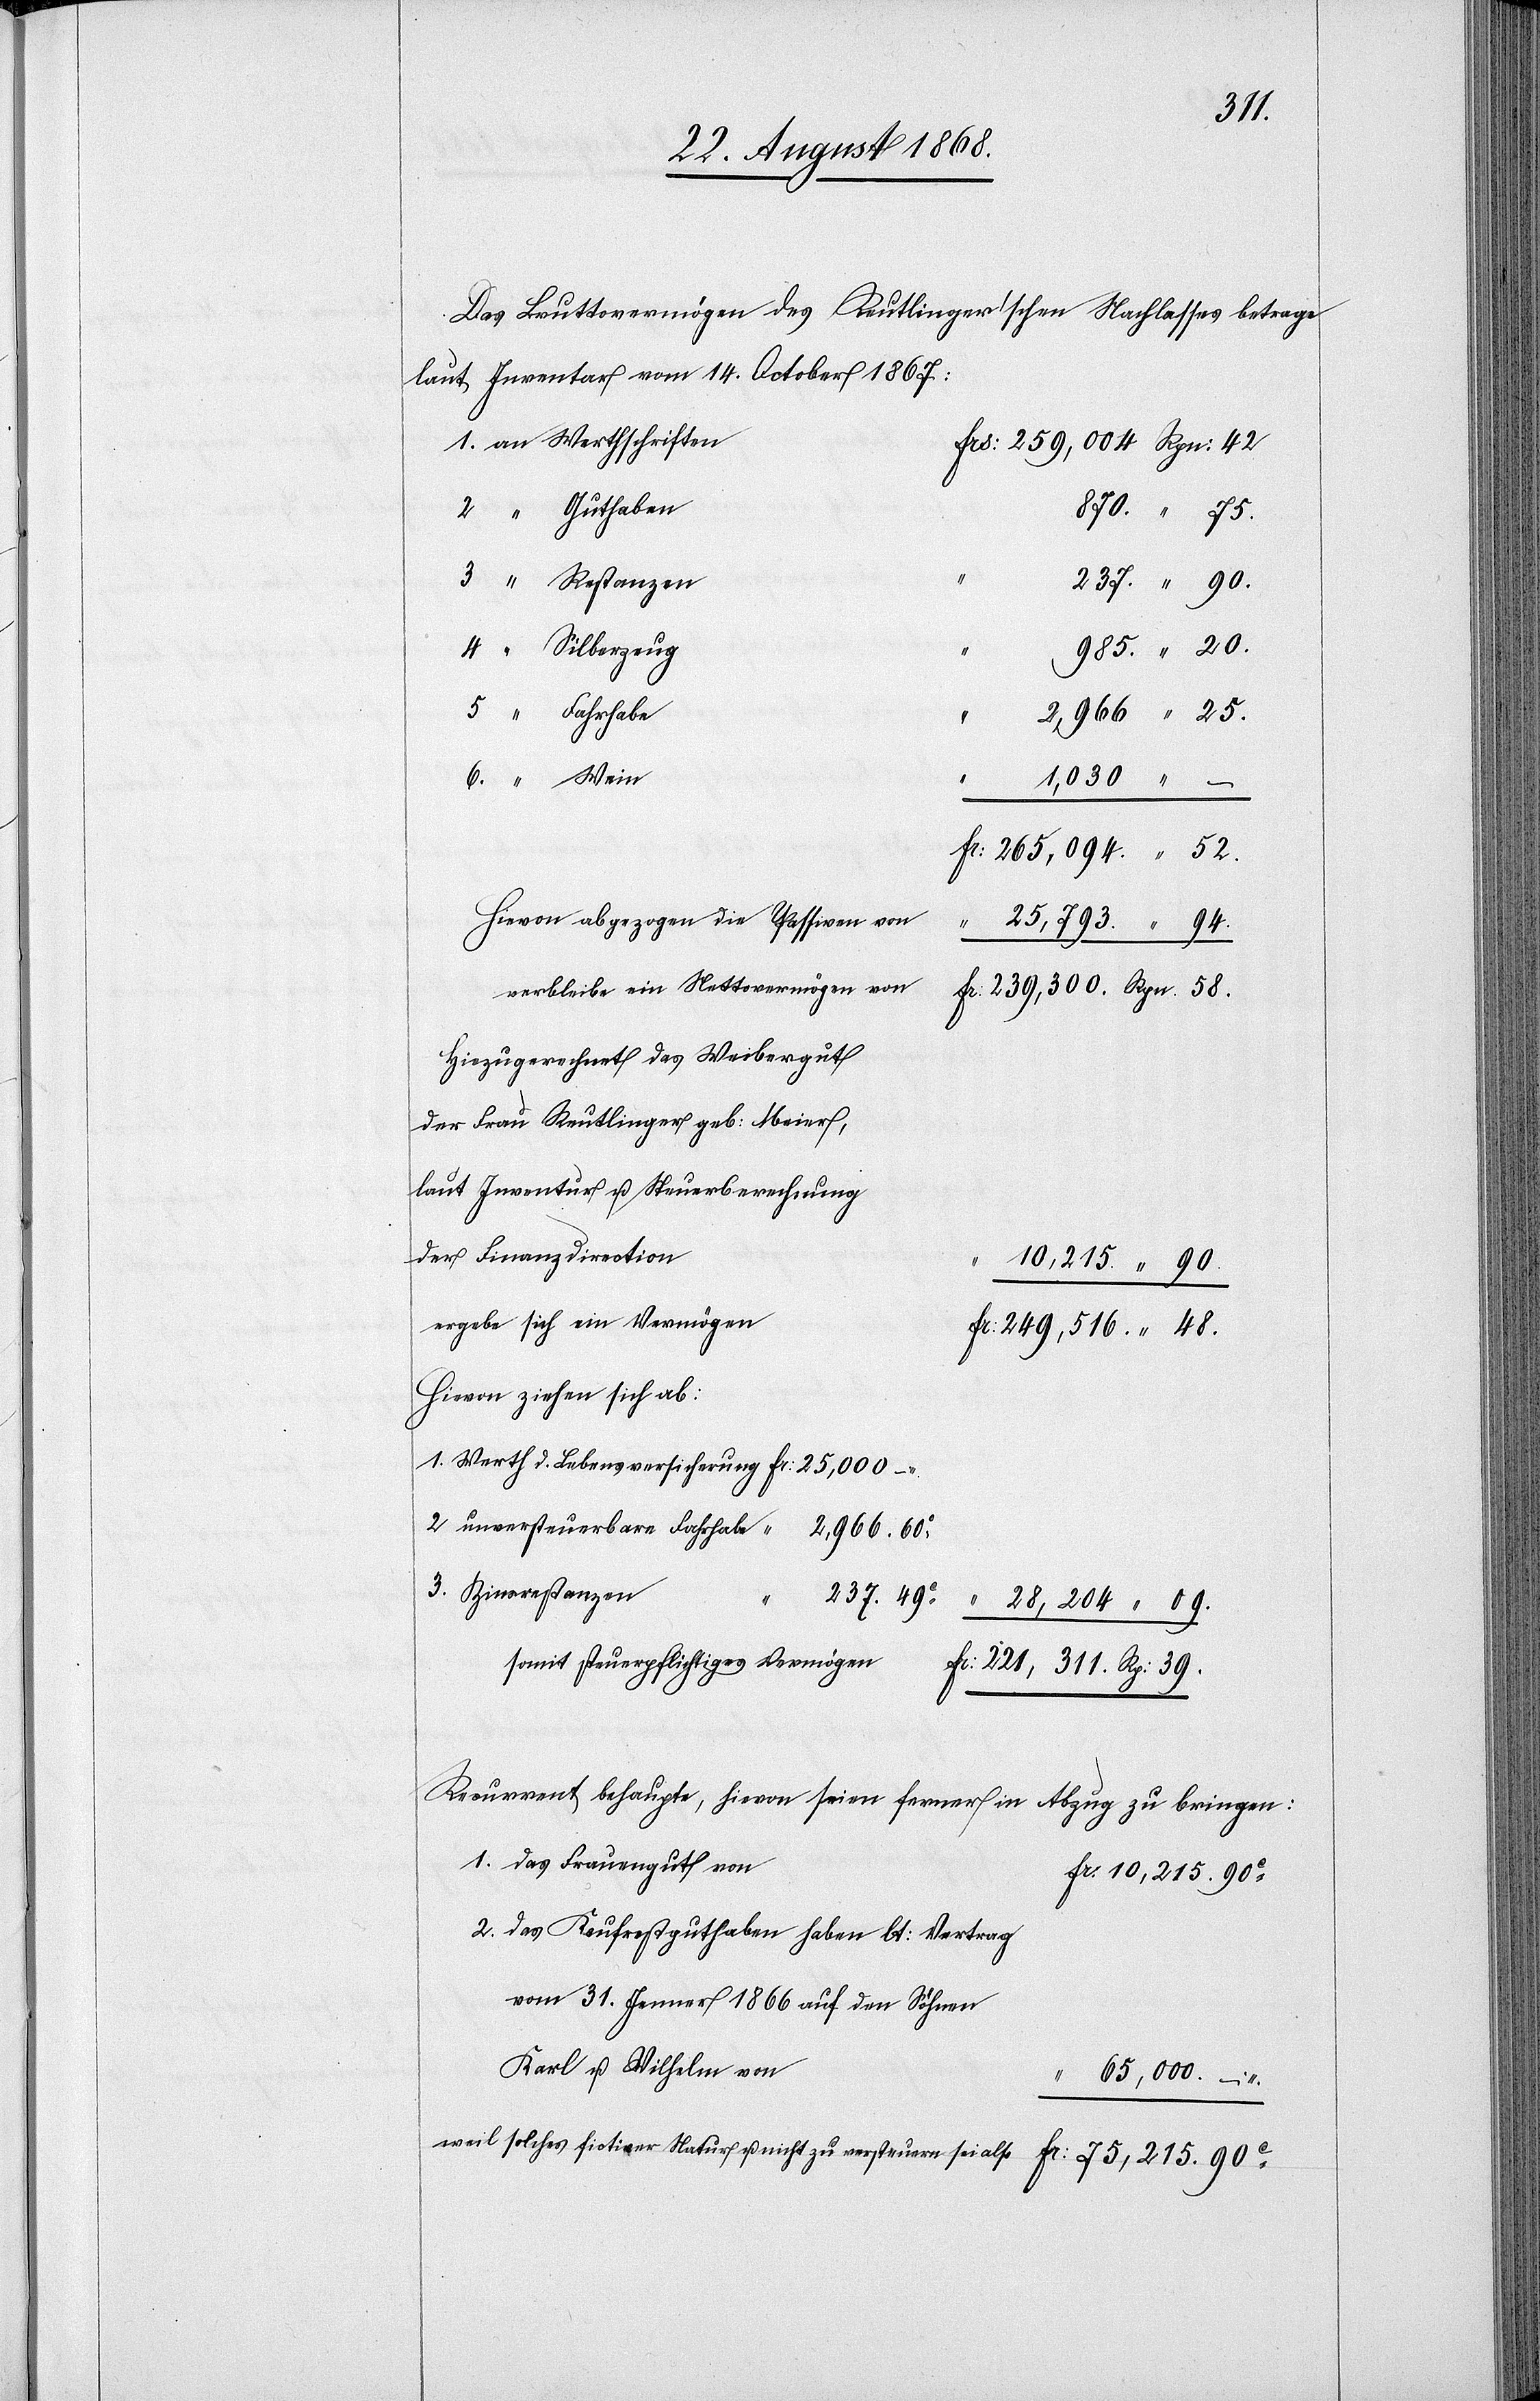
Das Bruttovermögen des Reutlinger’schen Nachlasses betrage
laut Inventar vom 14. October 1867:
an Werthschriften
Frs: 259,004. Rpn: 42.
“ Guthaben
870. “ 75.
“ Restanzen
237. “ 90.
“ Silberzeug
985. “ 20.
“ Fahrhabe
2,966. “ 25.
1,030. “ –
Fr: 265,094. “ 52.
Hievon abgezogen die Passiven von
2.
25,793. “ 94.
verbleibe ein Nettovermögen von
Fr: 239,300. Rpn. 58.
Hinzugerechnet das Weibergut
der Frau Reutlinger geb: Meier,
laut Inventur u. Steuerberechnung
der Finanzdirection
10,215. “ 90.
ergebe sich ein Vermögen
Fr: 249,516. “ 48.
Hievon ziehen sich ab:
1.
237. 49C
“
28,204. “ 09.
somit steuerpflichtiges Vermögen
Fr: 221,311. Rp: 39.
Recurrent behaupte, hievon seien ferner in Abzug zu bringen:
das Frauengut von
Fr. 10,215. 90C
das Kaufrestguthaben haben [sic!] lt: Vertrag
vom 31. Jenner 1866 auf den Söhnen
Karl u. Wilhelm von
“
65,000. –
weil solches fictiver Natur u. nicht zu versteuern sei also
Fr: 75,215. 90C